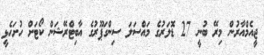
ޖީއެމްއާރުން މިރޭ ބުނީ 27 ޑޮލަރުގެ މައްސަލަ ސިންގަޕޫރުގެ އާބިޓްރޭޝަން ކޯޓަށް ހުށަހެޅީ